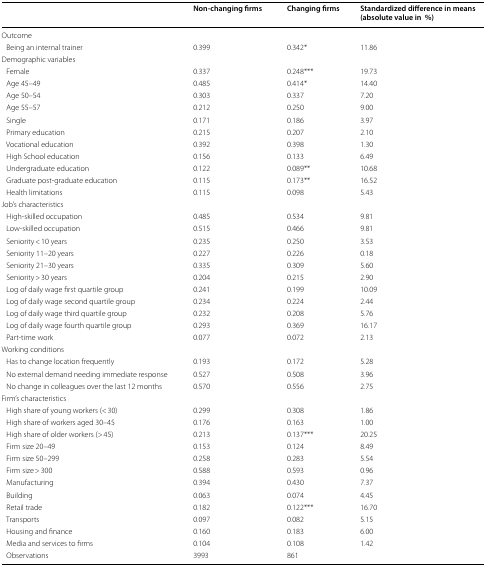
<table><thead><tr><td></td><td><b>Non-changing firms</b></td><td><b>Changing firms</b></td><td><b>Standardized difference in means (absolute value in%)</b></td></tr></thead><tbody><tr><td colspan="4">Outcome</td></tr><tr><td> Being an internal trainer</td><td>0.399</td><td>0.342*</td><td>11.86</td></tr><tr><td colspan="4">Demographic variables</td></tr><tr><td> Female</td><td>0.337</td><td>0.248***</td><td>19.73</td></tr><tr><td> Age 45–49</td><td>0.485</td><td>0.414*</td><td>14.40</td></tr><tr><td> Age 50–54</td><td>0.303</td><td>0.337</td><td>7.20</td></tr><tr><td> Age 55–57</td><td>0.212</td><td>0.250</td><td>9.00</td></tr><tr><td> Single</td><td>0.171</td><td>0.186</td><td>3.97</td></tr><tr><td> Primary education</td><td>0.215</td><td>0.207</td><td>2.10</td></tr><tr><td> Vocational education</td><td>0.392</td><td>0.398</td><td>1.30</td></tr><tr><td> High School education</td><td>0.156</td><td>0.133</td><td>6.49</td></tr><tr><td> Undergraduate education</td><td>0.122</td><td>0.089**</td><td>10.68</td></tr><tr><td> Graduate post-graduate education</td><td>0.115</td><td>0.173**</td><td>16.52</td></tr><tr><td> Health limitations</td><td>0.115</td><td>0.098</td><td>5.43</td></tr><tr><td colspan="4">Job’s characteristics</td></tr><tr><td> High-skilled occupation</td><td>0.485</td><td>0.534</td><td>9.81</td></tr><tr><td> Low-skilled occupation</td><td>0.515</td><td>0.466</td><td>9.81</td></tr><tr><td> Seniority &lt; 10 years</td><td>0.235</td><td>0.250</td><td>3.53</td></tr><tr><td> Seniority 11–20 years</td><td>0.227</td><td>0.226</td><td>0.18</td></tr><tr><td> Seniority 21–30 years</td><td>0.335</td><td>0.309</td><td>5.60</td></tr><tr><td> Seniority &gt; 30 years</td><td>0.204</td><td>0.215</td><td>2.90</td></tr><tr><td> Log of daily wage first quartile group</td><td>0.241</td><td>0.199</td><td>10.09</td></tr><tr><td> Log of daily wage second quartile group</td><td>0.234</td><td>0.224</td><td>2.44</td></tr><tr><td> Log of daily wage third quartile group</td><td>0.232</td><td>0.208</td><td>5.76</td></tr><tr><td> Log of daily wage fourth quartile group</td><td>0.293</td><td>0.369</td><td>16.17</td></tr><tr><td> Part-time work</td><td>0.077</td><td>0.072</td><td>2.13</td></tr><tr><td colspan="4">Working conditions</td></tr><tr><td> Has to change location frequently</td><td>0.193</td><td>0.172</td><td>5.28</td></tr><tr><td> No external demand needing immediate response</td><td>0.527</td><td>0.508</td><td>3.96</td></tr><tr><td> No change in colleagues over the last 12 months</td><td>0.570</td><td>0.556</td><td>2.75</td></tr><tr><td colspan="4">Firm’s characteristics</td></tr><tr><td> High share of young workers (&lt; 30)</td><td>0.299</td><td>0.308</td><td>1.86</td></tr><tr><td> High share of workers aged 30–45</td><td>0.176</td><td>0.163</td><td>1.00</td></tr><tr><td> High share of older workers (&gt; 45)</td><td>0.213</td><td>0.137***</td><td>20.25</td></tr><tr><td> Firm size 20–49</td><td>0.153</td><td>0.124</td><td>8.49</td></tr><tr><td> Firm size 50–299</td><td>0.258</td><td>0.283</td><td>5.54</td></tr><tr><td> Firm size &gt; 300</td><td>0.588</td><td>0.593</td><td>0.96</td></tr><tr><td> Manufacturing</td><td>0.394</td><td>0.430</td><td>7.37</td></tr><tr><td> Building</td><td>0.063</td><td>0.074</td><td>4.45</td></tr><tr><td> Retail trade</td><td>0.182</td><td>0.122***</td><td>16.70</td></tr><tr><td> Transports</td><td>0.097</td><td>0.082</td><td>5.15</td></tr><tr><td> Housing and finance</td><td>0.160</td><td>0.183</td><td>6.00</td></tr><tr><td> Media and services to firms</td><td>0.104</td><td>0.108</td><td>1.42</td></tr><tr><td> Observations</td><td>3993</td><td>861</td><td></td></tr></tbody></table>